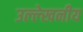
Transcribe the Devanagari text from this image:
उल्‍ल्‍ेखनीय